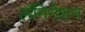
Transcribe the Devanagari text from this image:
लॅमिनेशन